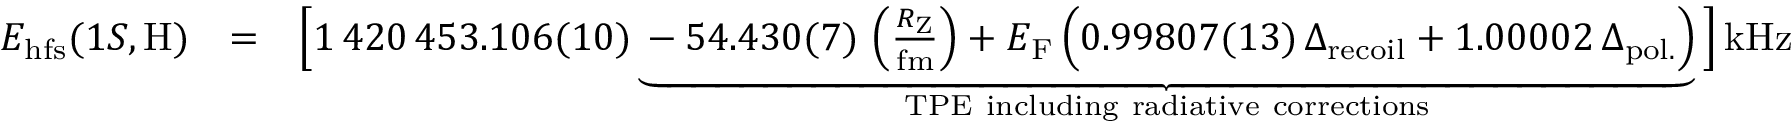
\begin{array} { r l r } { E _ { \mathrm { h f s } } ( 1 S , \mathrm { H } ) } & { = } & { \Big [ 1 \, 4 2 0 \, 4 5 3 . 1 0 6 ( 1 0 ) \underbrace { - 5 4 . 4 3 0 ( 7 ) \, \left( \frac { R _ { \mathrm { Z } } } { \mathrm { f m } } \right) + E _ { \mathrm { F } } \, \Big ( 0 . 9 9 8 0 7 ( 1 3 ) \, \Delta _ { \mathrm { r e c o i l } } + 1 . 0 0 0 0 2 \, \Delta _ { \mathrm { p o l . } } \Big ) } _ { \mathrm { T P E ~ i n c l u d i n g ~ r a d i a t i v e ~ c o r r e c t i o n s } } \Big ] \, \mathrm { k H z } } \end{array}